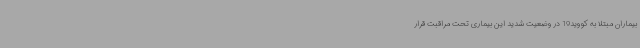
بیماران مبتلا به کووید19 در وضعیت شدید این بیماری تحت مراقبت قرار